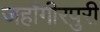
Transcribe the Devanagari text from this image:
जहाँगीरपुरी